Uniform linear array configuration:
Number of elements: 32
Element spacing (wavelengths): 0.75
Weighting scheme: kaiser
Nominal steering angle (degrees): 30
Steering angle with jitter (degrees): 28.797
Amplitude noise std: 0.05
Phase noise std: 0.05

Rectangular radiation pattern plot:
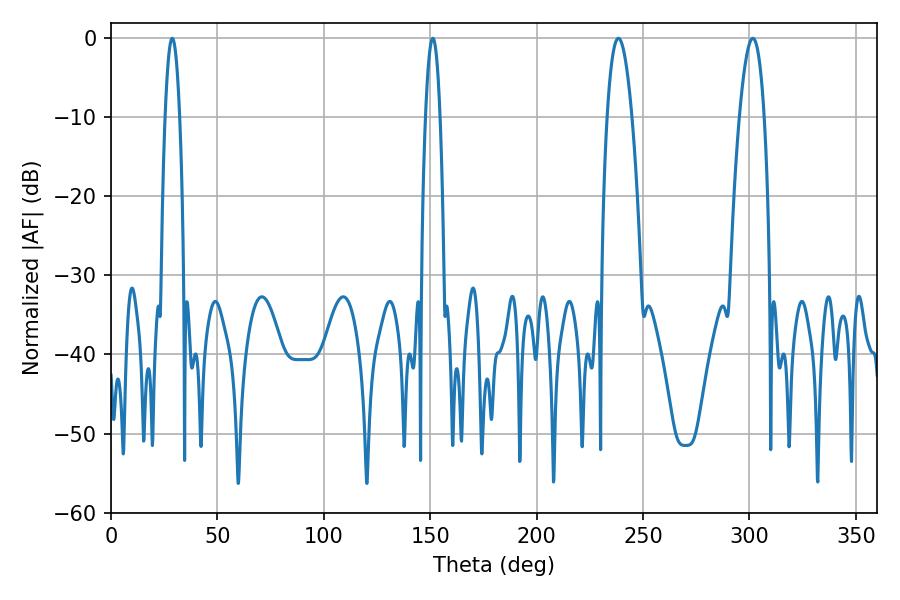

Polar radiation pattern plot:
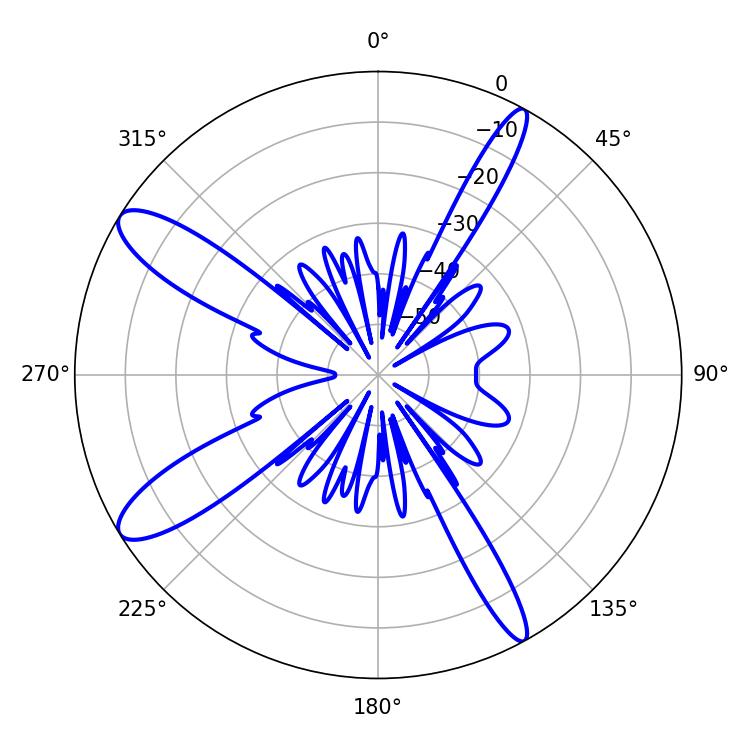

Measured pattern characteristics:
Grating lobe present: TRUE
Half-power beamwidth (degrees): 3.6
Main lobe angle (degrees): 28.8